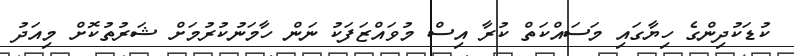
ކުޑަކުދިންގެ ހިޔާގައި މަސައްކަތް ކުރާ އިސް މުވައްޒަފަކު ނަން ހާމަނުކުރުމަށް ޝަރުތުކޮށް މިއަދު